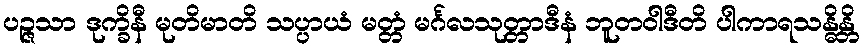
ပဉ္ဇသာ ဒုက္ခိနီ မုတိမာတိ သပ္ပာယံ မတ္တံ မင်္ဂလသုတ္တာဒီနံ ဘူတဝါဒီတိ ပါကာရသန္ဓိန္တိ